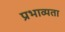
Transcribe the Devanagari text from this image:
प्रभाव्यता